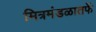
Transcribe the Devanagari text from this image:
मित्रमंडळातर्फे